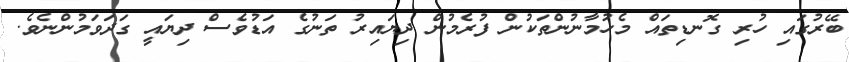
ބޭރުގައި ހުރި ގޮނޑިތައް މެހުމާނުންތަކުން ފުރެމުން ދިޔައިރު ތަނުގެ އަޑުވެސް ދިޔައީ ގަދަވަމުންނެވެ.